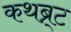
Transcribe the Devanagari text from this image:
कथब्र्ट